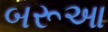
બરૂઆ